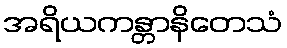
အရိယကန္တာနိတေသံ